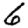
Digit: 6